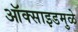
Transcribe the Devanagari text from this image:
ऑक्साइडमुळे